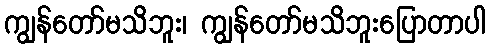
ကျွန်တော်မသိဘူး၊ ကျွန်တော်မသိဘူးပြောတာပါ